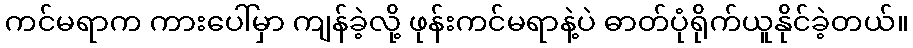
ကင်မရာက ကားပေါ်မှာ ကျန်ခဲ့လို့ ဖုန်းကင်မရာနဲ့ပဲ ဓာတ်ပုံရိုက်ယူနိုင်ခဲ့တယ်။